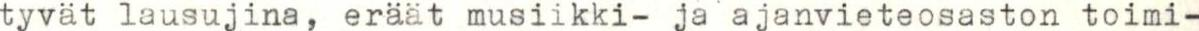
tyvät lausujina, eräät musiikki- ja ajanvieteosaston toimi-